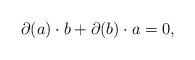
LaTeX: \begin{align*} \partial(a)\cdot b+\partial(b)\cdot a=0,\end{align*}